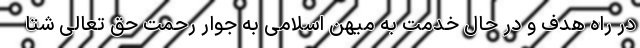
در راه هدف و در حال خدمت به میهن اسلامی به جوار رحمت حق تعالی شتا